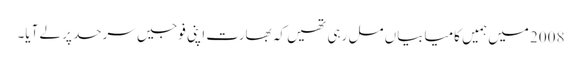
2008 میں ہمیں کامیابیاں مل رہی تھیں کہ بھارت اپنی فوجیں سرحد پر لے آیا۔